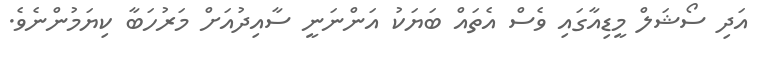
އަދި ސޯޝަލް މީޑިއާގައި ވެސް އެތައް ބަޔަކު އަންނަނީ ސާއިދުއަށް މަރުހަބާ ކިޔަމުންނެވެ.